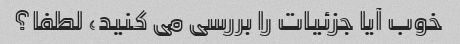
خوب آیا جزئیات را بررسی می کنید، لطفا؟